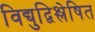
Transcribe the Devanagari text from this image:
विद्युद्विश्लेषित